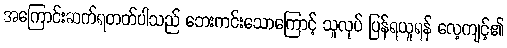
အကြောင်းဆက်ရတတ်ပါသည် ဘေးကင်းသောကြောင့် သူလုပ် ပြန်ရယူရန် လေ့ကျင့်၏